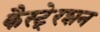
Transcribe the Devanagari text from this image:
कैस्टे्रशन